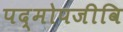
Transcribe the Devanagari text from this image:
पद्मोपजीवि